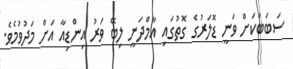
ސަބަބަކަށް ވަނީ ޑޮލަރުގެ ގޮތުގައި އާމްދަނީ ލިބޭ ވަރު އިންޑިއާ އަށް މަދުވުމެވެ.